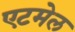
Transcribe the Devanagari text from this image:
एटमेल